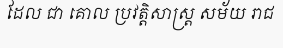
ដែល ជា គោល ប្រវត្តិសាស្ត្រ សម័យ រាជ